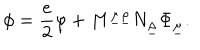
\phi = \frac { e } { 2 } \varphi + M ^ { \underline { { { \mu } } } \underline { { { \rho } } } } N _ { \underline { { { \rho } } } } \Phi _ { \underline { { { \mu } } } } .